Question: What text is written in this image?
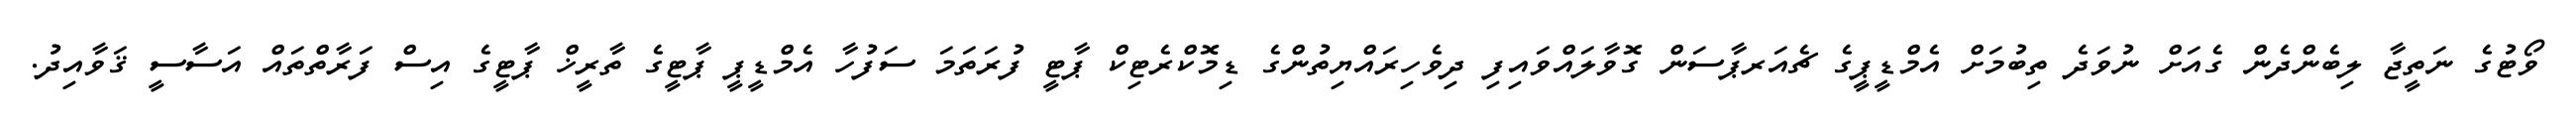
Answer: ވޯޓުގެ ނަތީޖާ ލިބެންދެން ގެއަށް ނުވަދެ ތިބުމަށް އެމްޑީޕީގެ ޗެއަރޕާސަން ގޮވާލައްވައިފި ދިވެހިރައްޔިތުންގެ ޑިމޮކްރެޓިކް ޕާޓީ ފުރަތަމަ ސަފުހާ އެމްޑީޕީ ޕާޓީގެ ތާރީޚް ޕާޓީގެ އިސް ފަރާތްތައް އަސާސީ ޤަވާއިދު.